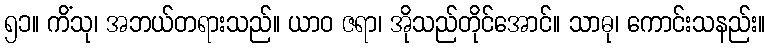
၅၁။ ကိံသု၊ အဘယ်တရားသည်။ ယာဝ ဇရာ၊ အိုသည်တိုင်အောင်။ သာဓု၊ ကောင်းသနည်း။